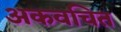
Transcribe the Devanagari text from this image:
अकवचित